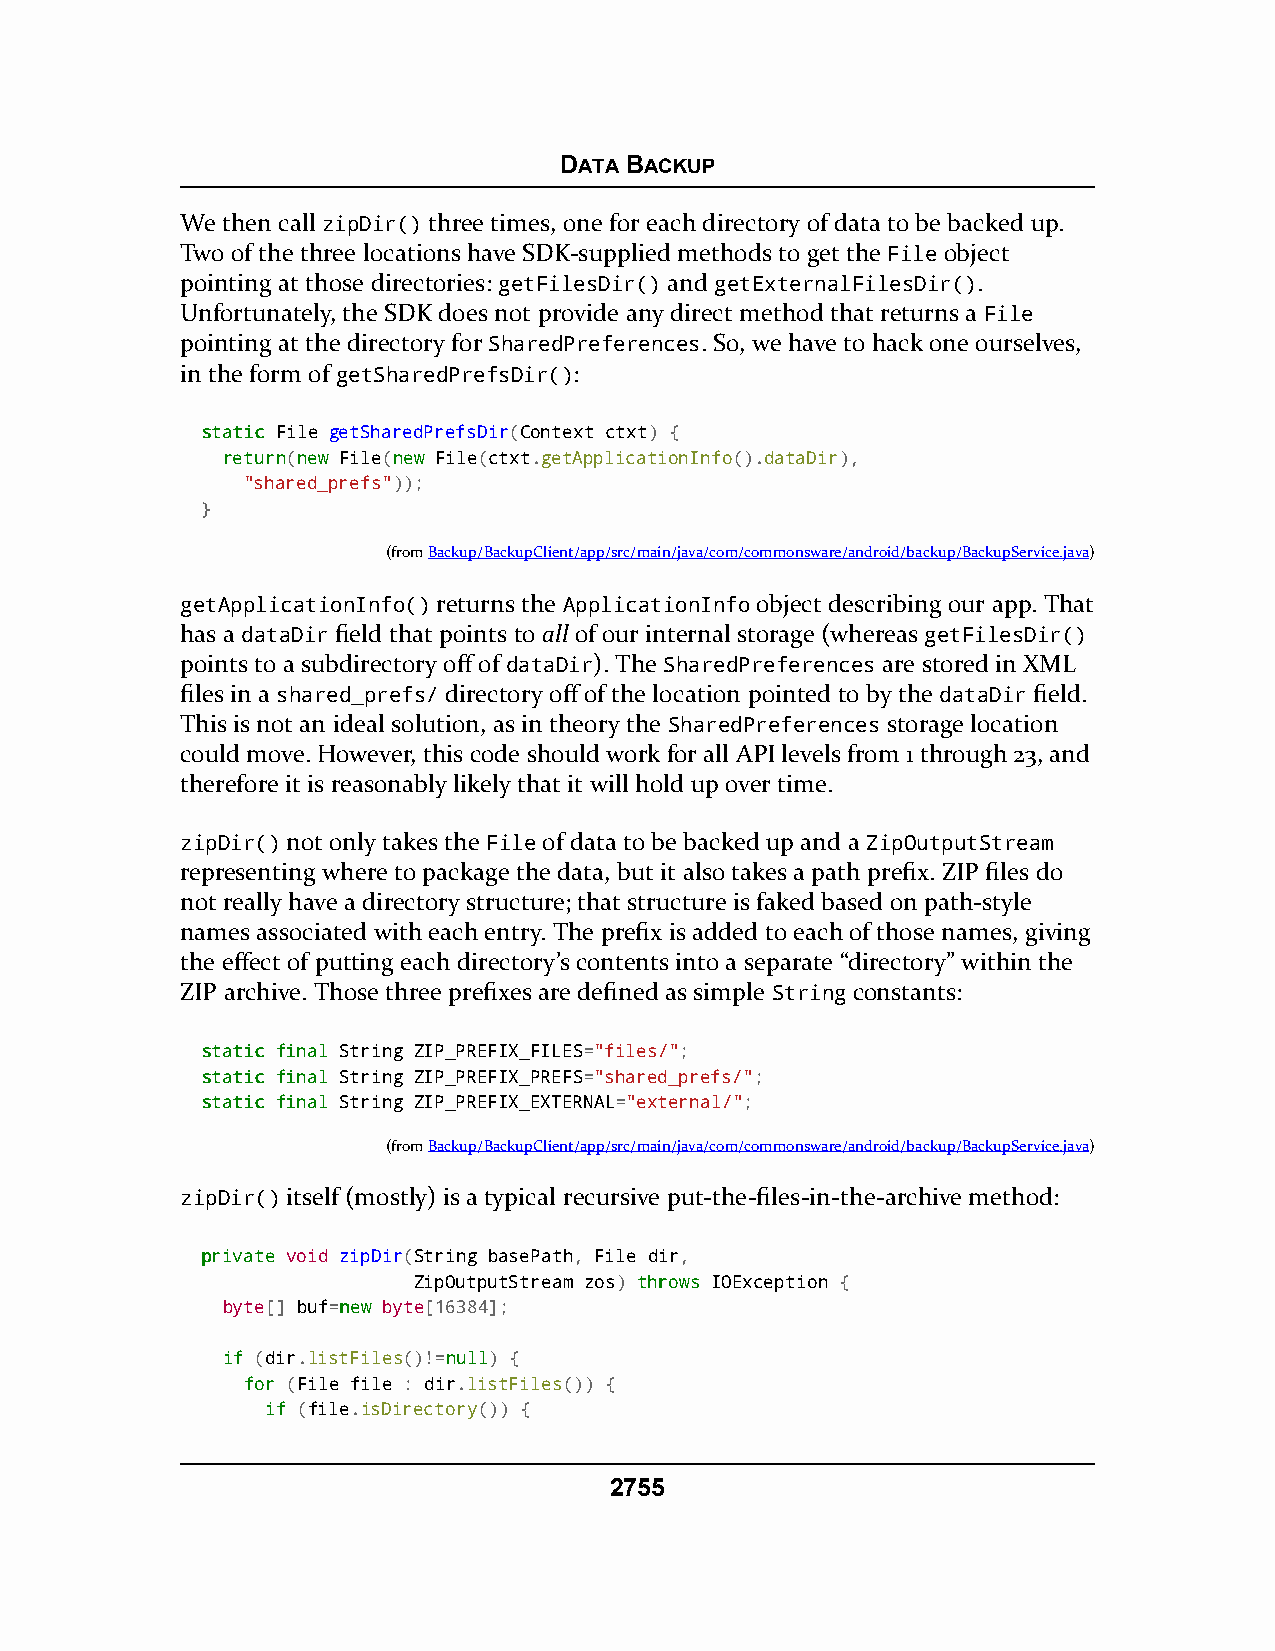
DATA BACKUP
 We then call zipDir() three times, one for each directory of data to be backed up.
 Two of the three locations have SDK-supplied methods to get the File object
 pointing at those directories: getFilesDir() and getExternalFilesDir().
 Unfortunately, the SDK does not provide any direct method that returns a File
 pointing at the directory for SharedPreferences. So, we have to hack one ourselves,
 in the form of getSharedPrefsDir():
 ssttaattiicc File getSharedPrefsDir(Context ctxt) {
 rreettuurrnn(nneeww File(nneeww File(ctxt.getApplicationInfo().dataDir),
 "shared_prefs"));
 }
 (fromBackup/BackupClient/app/src/main/java/com/commonsware/android/backup/BackupService.java)
 getApplicationInfo() returns the ApplicationInfo object describing our app. That
 has a dataDir field that points to all of our internal storage (whereas getFilesDir()
 points to a subdirectory off of dataDir). The SharedPreferences are stored in XML
 files in a shared_prefs/ directory off of the location pointed to by the dataDir field.
 This is not an ideal solution, as in theory the SharedPreferences storage location
 could move. However, this code should work for all API levels from 1 through 23, and
 therefore it is reasonably likely that it will hold up over time.
 zipDir() not only takes the File of data to be backed up and a ZipOutputStream
 representing where to package the data, but it also takes a path prefix. ZIP files do
 not really have a directory structure; that structure is faked based on path-style
 names associated with each entry. The prefix is added to each of those names, giving
 the effect of putting each directory’s contents into a separate “directory” within the
 ZIP archive. Those three prefixes are defined as simple String constants:
 ssttaattiicc ffiinnaall String ZIP_PREFIX_FILES="files/";
 ssttaattiicc ffiinnaall String ZIP_PREFIX_PREFS="shared_prefs/";
 ssttaattiicc ffiinnaall String ZIP_PREFIX_EXTERNAL="external/";
 (fromBackup/BackupClient/app/src/main/java/com/commonsware/android/backup/BackupService.java)
 zipDir() itself (mostly) is a typical recursive put-the-files-in-the-archive method:
 pprriivvaattee void zipDir(String basePath, File dir,
 ZipOutputStream zos) tthhrroowwss IOException {
 byte[] buf=nneeww byte[16384];
 iiff (dir.listFiles()!=nnuullll) {
 ffoorr (File file : dir.listFiles()) {
 iiff (file.isDirectory()) {
 2755